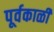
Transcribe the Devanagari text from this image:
पूर्वकाळी